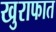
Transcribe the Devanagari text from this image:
खुराफात